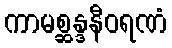
ကာမစ္ဆန္ဒနီဝရဏံ